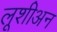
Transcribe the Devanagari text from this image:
लूशीअन